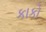
કાકો